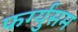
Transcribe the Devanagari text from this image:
फर्ग्युसम